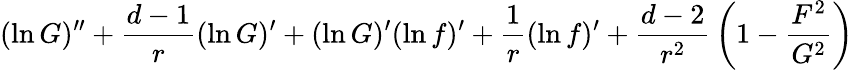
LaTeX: (\ln G)^{\prime\prime}+{\frac{d-1}{r}}(\ln G)^{\prime}+(\ln G)^{\prime}(\ln f)^{\prime}+{\frac{1}{r}}(\ln f)^{\prime}+{\frac{d-2}{r^{2}}}\left(1-{\frac{F^{2}}{G^{2}}}\right)